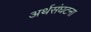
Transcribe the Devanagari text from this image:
अर्थसंघटना